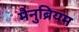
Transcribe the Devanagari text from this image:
मैनुब्रियम